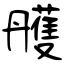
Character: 雘